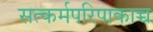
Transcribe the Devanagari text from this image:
सत्कर्मपरिपाकाच्च